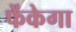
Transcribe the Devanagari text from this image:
फेंकेगा